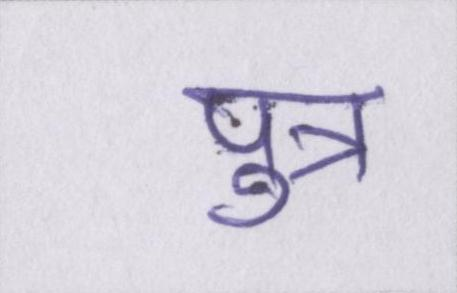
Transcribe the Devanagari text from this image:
पुत्र